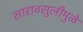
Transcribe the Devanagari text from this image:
सारावसुलीमुळे